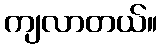
ကျလာတယ်။